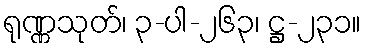
ရုဏ္ဏသုတ်၊ ၃-ပါ-၂၆၃၊ ဋ္ဌ-၂၃၁။